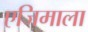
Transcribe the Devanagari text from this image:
एजिमाला